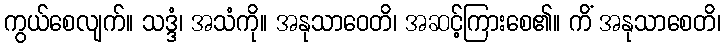
ကွယ်စေလျက်။ သဒ္ဒံ၊ အသံကို။ အနုသာဝေတိ၊ အဆင့်ကြားစေ၏။ ကိံ အနုသာစေတိ၊